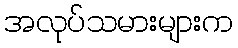
အလုပ်သမားများက